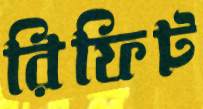
রিফিট